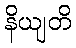
နိယျတိ